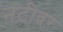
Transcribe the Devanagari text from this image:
नटीवर